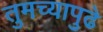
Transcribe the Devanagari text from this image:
तुमच्यापुढे